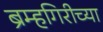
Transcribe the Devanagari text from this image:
ब्रम्हगिरीच्या